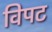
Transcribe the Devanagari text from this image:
विपट